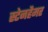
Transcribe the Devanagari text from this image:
स्टेनहैमर